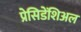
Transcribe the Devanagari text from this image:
प्रेसिडेंशिअल